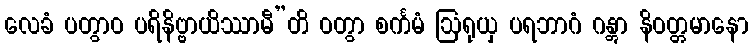
လေခံ ပတွာဝ ပရိနိဗ္ဗာယိဿာမီ”တိ ဝတွာ စင်္ကမံ ဩရုယှ ပရဘာဂံ ဂန္တွာ နိဝတ္တမာနော